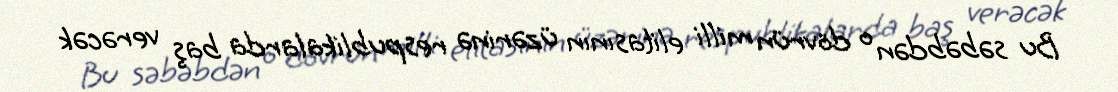
Bu səbəbdən o dövrün milli elitasının üzərinə respublikalarda baş verəcək